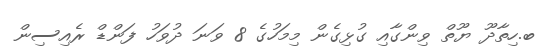
ބ.ހިތާދޫ ޔޫތް ވިންގާއި ގުޅިގެން މިމަހުގެ 8 ވަނަ ދުވަހު ފަންޑް ރެއިސިން